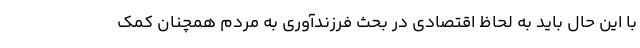
با این حال باید به لحاظ اقتصادی در بحث فرزندآوری به مردم همچنان کمک